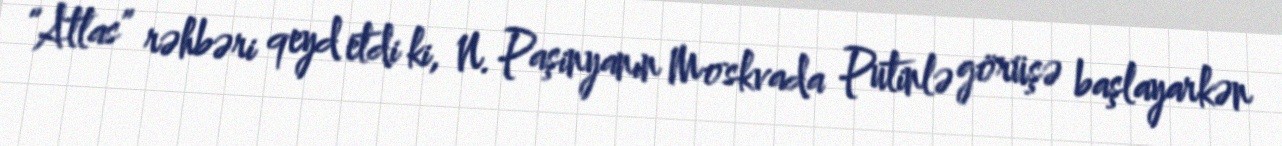
“Atlas” rəhbəri qeyd etdi ki, N. Paşinyanın Moskvada Putinlə görüşə başlayarkən